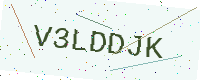
Text: V3LDDJK